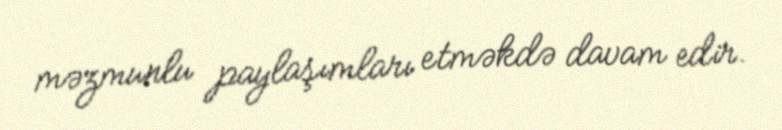
məzmunlu paylaşımları etməkdə davam edir.